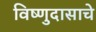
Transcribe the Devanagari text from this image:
विष्णुदासाचे